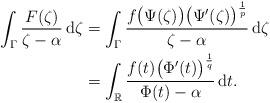
LaTeX: \begin{align*} \int_{\Gamma} \frac{F(\zeta)}{\zeta-\alpha}\,\mathrm{d}\zeta &= \int_{\Gamma} \frac{f\big(\Psi(\zeta)\big)\big(\Psi'(\zeta)\big)^{\frac1p}} {\zeta-\alpha}\,\mathrm{d}\zeta \\ &= \int_{\mathbb{R}} \frac{f(t)\big(\Phi'(t)\big)^{\frac1q}}{\Phi(t)-\alpha}\,\mathrm{d}t. \end{align*}